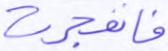
فانفجرت